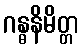
ဂန္ဓနိမိတ္တ